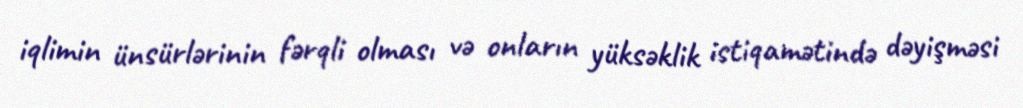
iqlimin ünsürlərinin fərqli olması və onların yüksəklik istiqamətində dəyişməsi